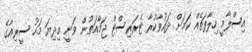
އިސްލާމީ ހިލާފަތެއް ކަމަށް ދައުވާކުރާ ޓެރަރިސްޓް ޖަމާއަތުން ވަނީ މިދިޔަ މަހު ސީރިއާގެ